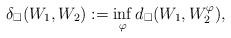
LaTeX: \begin{align*}\delta_\square(W_1,W_2):=\inf_{\varphi}d_\square(W_1,W_2^\varphi),\end{align*}